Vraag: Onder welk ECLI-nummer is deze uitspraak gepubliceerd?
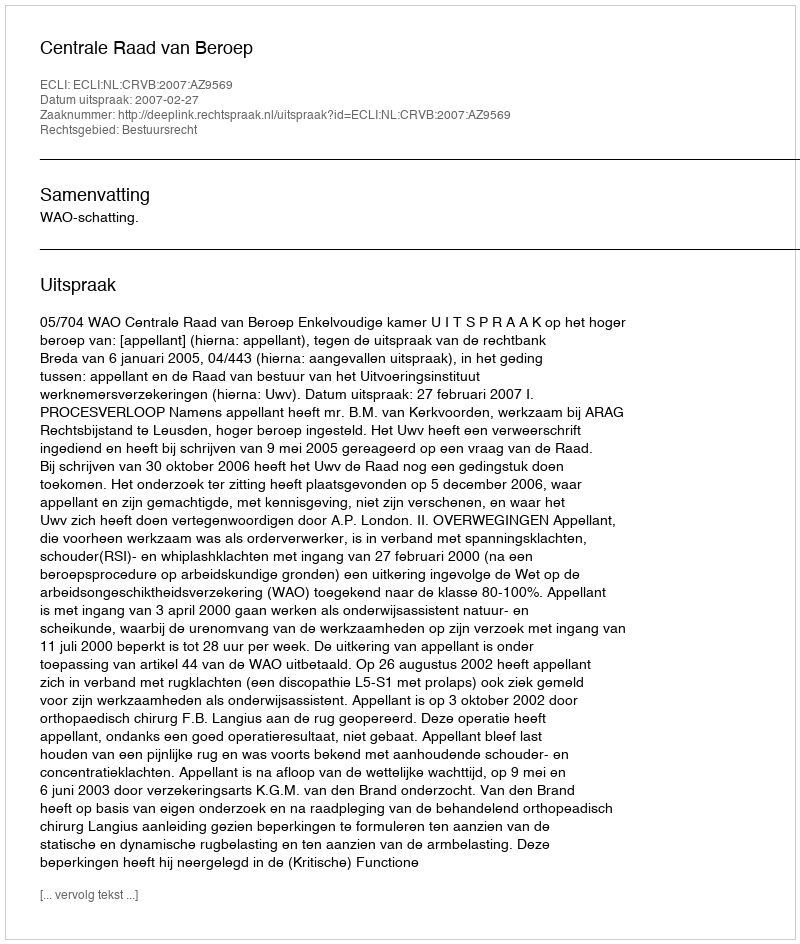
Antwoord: ECLI:NL:CRVB:2007:AZ9569